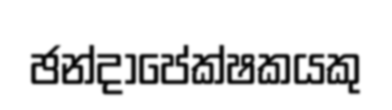
ඡන්දාපේක්ෂකයකු